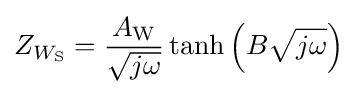
Z_{W_{\mathrm {S} }}={\frac {A_{\mathrm {W} }}{\sqrt {j\omega }}}\tanh \left(B{\sqrt {j\omega }}\right)